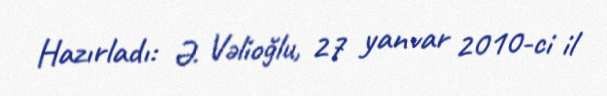
Hazırladı: Ə. Vəlioğlu, 27 yanvar 2010-ci il